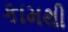
કામથી